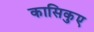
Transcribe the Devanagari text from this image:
कासिकुए